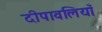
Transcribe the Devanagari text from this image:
दीपावलियाँ